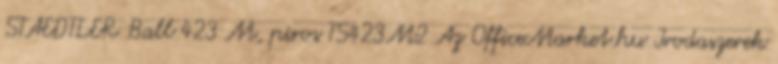
STAEDTLER Ball 423 M, piros TS423M2 Az OfficeMarket.hu Irodaszerek